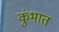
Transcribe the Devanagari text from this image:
कुंभात